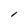
Character: l